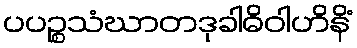
ပပဉ္စသံဃာတဒုခါဓိဝါဟိနိံ